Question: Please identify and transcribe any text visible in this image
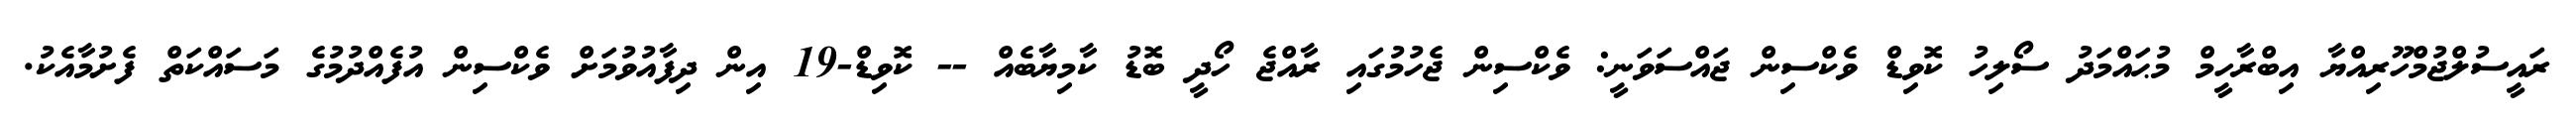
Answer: ރައީސުލްޖުމްހޫރިއްޔާ އިބްރާހީމް މުޙައްމަދު ސޯލިހު ކޮވިޑް ވެކްސިން ޖައްސަވަނީ: ވެކްސިން ޖެހުމުގައި ރާއްޖެ ހޯދީ ބޮޑު ކާމިޔާބެއް -- ކޮވިޑް-19 އިން ދިފާއުވުމަށް ވެކްސިން އުފެއްދުމުގެ މަސައްކަތް ފެށުމާއެކު.